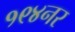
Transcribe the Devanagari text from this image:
१९४नर